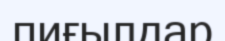
пиғылдар